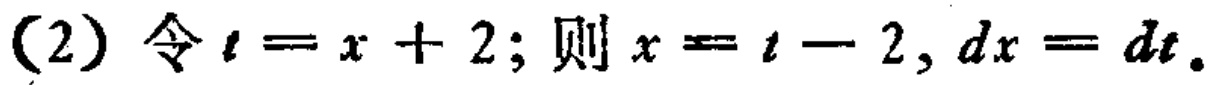
(2) 令 \(t = x + 2\); 则 \(x = t - 2, dx = dt\).